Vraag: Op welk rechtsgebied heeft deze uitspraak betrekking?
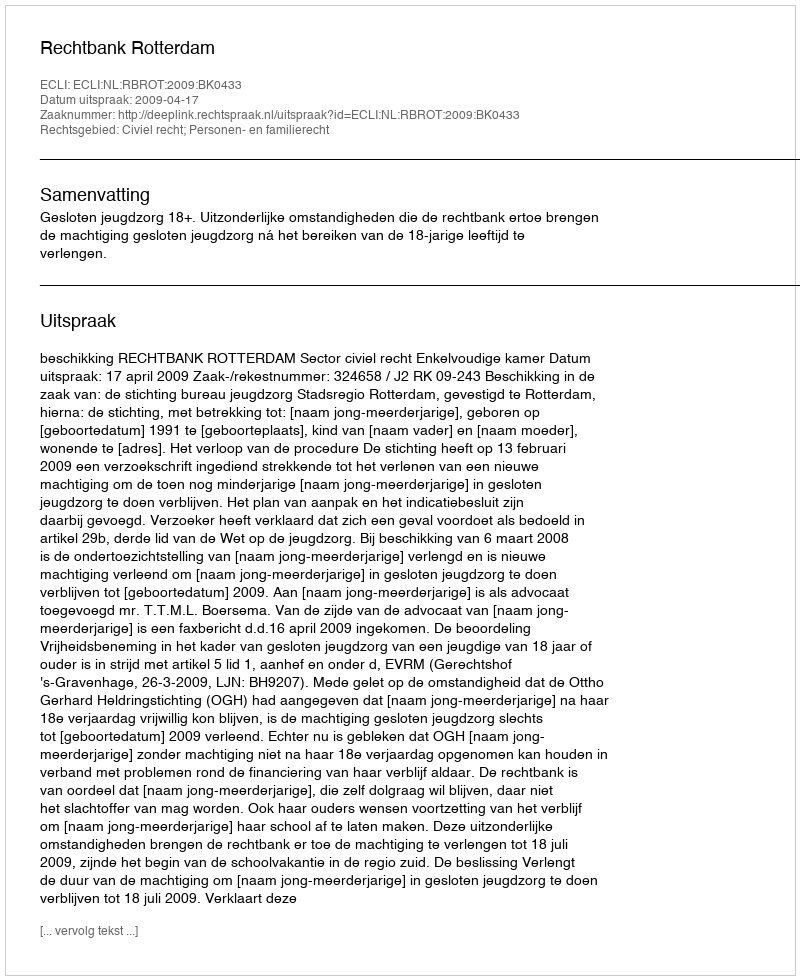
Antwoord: Civiel recht; Personen- en familierecht